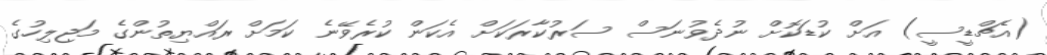
(އެޗްޑީސީ) އަށް ކުޑަކޮށް ނުދެވުނަސް ސަރުކާރަކަށް އެކަން ކުރެވޭނެ ކަމަށް ރައްޔިތުންގެ މަޖިލިހުގެ